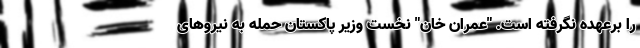
را برعهده نگرفته است. "عمران‌ خان" نخست وزیر پاکستان حمله به نیروهای